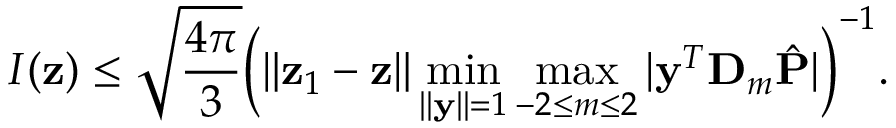
I ( \mathbf { z } ) \leq \sqrt { \frac { 4 \pi } { 3 } } \bigg ( { \| { \mathbf z } _ { 1 } - { \mathbf z } \| \operatorname* { m i n } _ { \| \mathbf y \| = 1 } \operatorname* { m a x } _ { - 2 \leq m \leq 2 } | \mathbf y ^ { T } \mathbf D _ { m } \hat { \mathbf P } | } \bigg ) ^ { - 1 } .